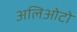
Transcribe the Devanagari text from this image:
अलिओटो